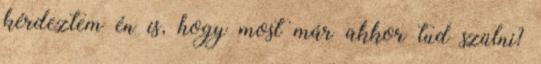
kérdeztem én is, hogy most már akkor tud szülni?